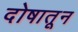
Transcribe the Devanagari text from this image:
दोषातून